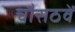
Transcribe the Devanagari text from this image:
चौसठवें